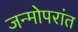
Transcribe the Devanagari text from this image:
जन्मोपरांत